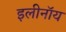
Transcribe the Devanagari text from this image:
इलीनॉय